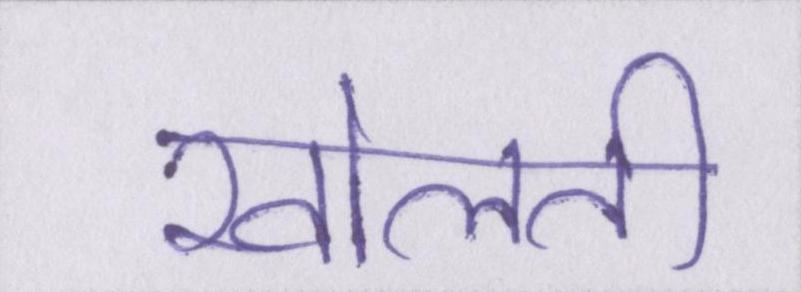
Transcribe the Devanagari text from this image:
खोलती